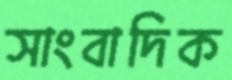
সাংবাদিক